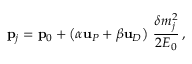
{ \bf p } _ { j } = { \bf p } _ { 0 } + \left( \alpha { \bf u } _ { \SS P } + \beta { \bf u } _ { \SS D } \right) \, \frac { \delta m _ { j } ^ { 2 } } { 2 E _ { 0 } } \, ,